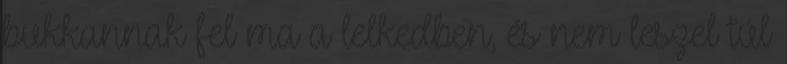
bukkannak fel ma a lelkedben, és nem leszel túl